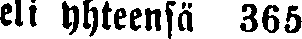
eli yhteensä 365